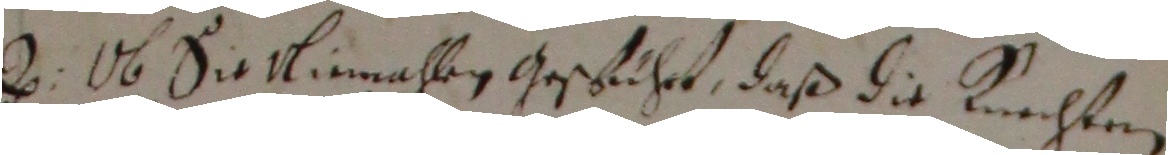
D. Ob sie niemahen geschuihet, daß die kuechten